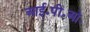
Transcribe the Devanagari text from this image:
आई॰पी॰ओ॰